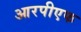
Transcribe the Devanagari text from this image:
आरपीएफ